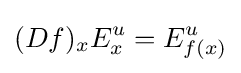
(Df)_{x}E_{x}^{u}=E_{f(x)}^{u}